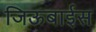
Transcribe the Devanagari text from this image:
जिऊबाईस